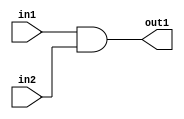
module my_and(in1, in2, out1);
input in1, in2;
output out1;
assign out1= in1& in2;
endmodule